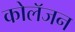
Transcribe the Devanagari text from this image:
कोलॅजन